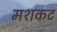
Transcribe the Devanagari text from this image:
मशकट